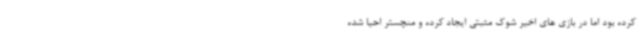
کرده بود اما در بازی های اخیر شوک مثبتی ایجاد کرده و منچستر احیا شده